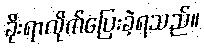
ခိုးရာလိုက်ပြေးခဲ့ရသည်။